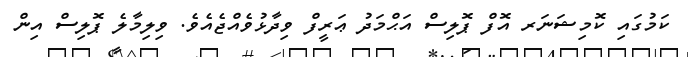
ކަމުގައި ކޮމިޝަނަރ އޮފް ޕޮލިސް އަޙްމަދު ޢަރީފް ވިދާޅުވެއްޖެއެވެ. ވިލިމާލެ ޕޮލިސް އިން